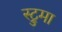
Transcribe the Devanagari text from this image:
स्ट्रुमा